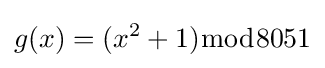
g(x)=(x^{2}+1){\bmod {8}}051